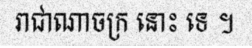
រាជាណាចក្រ នោះ ទេ ។